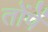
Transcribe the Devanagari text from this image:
तोंपें